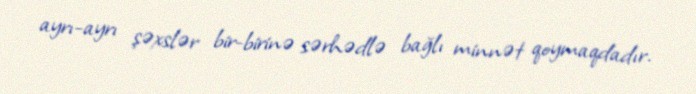
ayrı-ayrı şəxslər bir-birinə sərhədlə bağlı minnət qoymaqdadır.